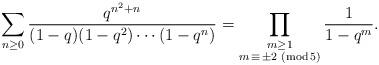
LaTeX: \begin{align*}\sum\limits_{n\geq 0}\dfrac{q^{n^2+n}}{(1-q)(1-q^2)\cdots(1-q^n)} = \prod\limits_{\substack{m\geq 1\\m\, \equiv\, \pm 2\,\,(\mathrm{mod}\, 5)}}\frac{1}{1-q^m}.\end{align*}